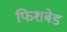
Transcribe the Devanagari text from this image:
फिशबेड